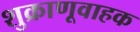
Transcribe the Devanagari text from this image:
शुक्राणूवाहक